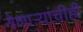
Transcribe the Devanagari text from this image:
नेणाऱ्यांचीही